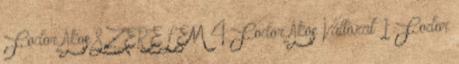
Fodor Ákos SZERELEM 4 Fodor Ákos Változat 1 Fodor